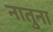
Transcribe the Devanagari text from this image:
नातुना